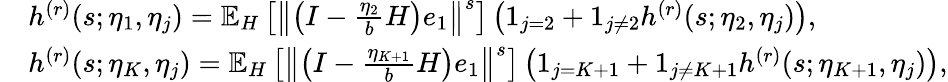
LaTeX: \begin{array}{rl}&{h^{(r)}(s;\eta_{1},\eta_{j})=\mathbb{E}_{H}\left[\left\Vert\left(I-\frac{\eta_{2}}{b}H\right)e_{1}\right\Vert^{s}\right]\left(1_{j=2}+1_{j\neq 2}h^{(r)}(s;\eta_{2},\eta_{j})\right),}\\ &{h^{(r)}(s;\eta_{K},\eta_{j})=\mathbb{E}_{H}\left[\left\Vert\left(I-\frac{\eta_{K+1}}{b}H\right)e_{1}\right\Vert^{s}\right]\left(1_{j=K+1}+1_{j\neq K+1}h^{(r)}(s;\eta_{K+1},\eta_{j})\right),}\end{array}